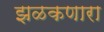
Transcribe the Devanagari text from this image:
झळकणारा